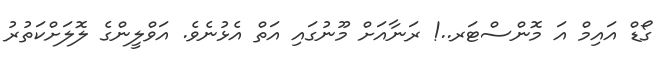
ގޯޑް އައިމް އަ މޮންސްޓަރ..! ރަނާއަށް މޫނުގައި އަތް އެޅުނެވެ. އަވްލީންގެ ލޮލަށްކަތުރު